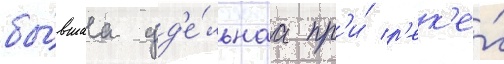
бы́вшаа уд'е́льнаа пр'и́ р'ек'е́